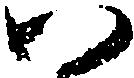
い